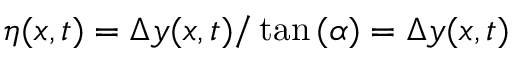
\eta ( x , t ) = \Delta y ( x , t ) / \tan { ( \alpha ) } = \Delta y ( x , t )